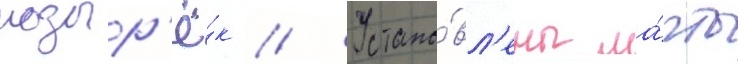
козыр'ё́к // Устано́вл'ены ма́чты